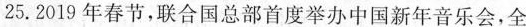
25.2019年春节，联合国总部首度举办中国新年音乐会，全